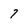
Character: 7